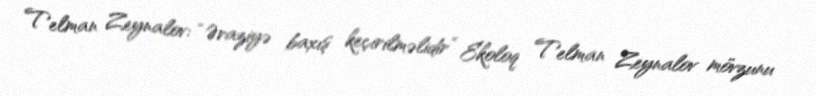
Telman Zeynalov: “Əraziyə baxış keçirilməlidir” Ekoloq Telman Zeynalov mövzunu